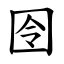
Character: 囹